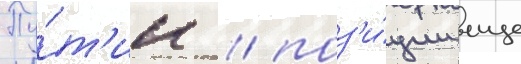
Пу́т'ин / поз'и́ции еще